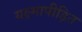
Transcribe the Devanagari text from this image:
यक्ष्मापीड़ित